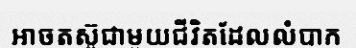
អាចតស៊ូជាមួយជីវិតដែលលំបាក